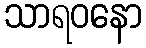
သာရဝနော